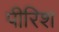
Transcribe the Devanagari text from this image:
पीरिश